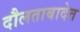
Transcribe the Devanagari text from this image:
दौलताबादेत